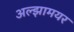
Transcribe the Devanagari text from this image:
अल्झामयर